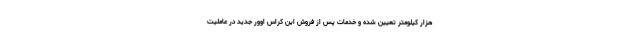
هزار کیلومتر تعیین شده و خدمات پس از فروش این کراس اوور جدید در عاملیت